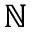
\mathbb { N }